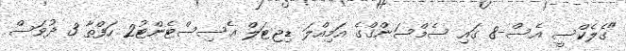
"ގެލެކްސީ އެސް-8 ގައި ސެމްސަންގްގެ އަމިއްލަ ޑިޖިޓަލް އެސިސްޓެންޓު2 ހަފްތާ 3 ދުވަސް